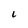
Character: L